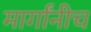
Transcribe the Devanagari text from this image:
मार्गांनीच